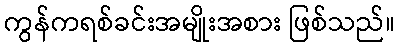
ကွန်ကရစ်ခင်းအမျိုးအစား ဖြစ်သည်။